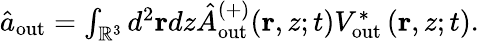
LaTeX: \begin{array}{r}{\hat{a}_{\mathrm{out}}=\int_{\mathbb{R}^{3}}d^{2}{\mathbf{r}}dz\hat{A}_{\mathrm{out}}^{(+)}(\mathbf{r},z;t)V_{\mathrm{out}}^{\ast}\left(\mathbf{r},z;t\right).}\end{array}